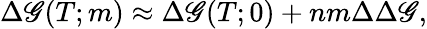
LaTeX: \Delta\mathscr{G}(T;m)\approx\Delta\mathscr{G}(T;0)+nm\Delta\Delta\mathscr{G},